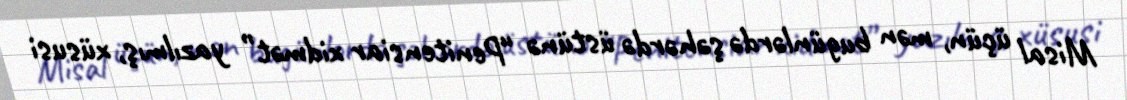
Misal üçün, mən bugünlərdə şəhərdə üstünə “Penitensiar xidmət” yazılmış, xüsusi